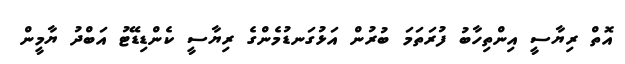
އޮތް ރިޔާސީ އިންތިހާބު ފުރަތަމަ ބުރުން އަޅުގަނޑުމެންގެ ރިޔާސީ ކެންޑިޑޭޓު އަބްދު ޔާމީން